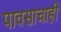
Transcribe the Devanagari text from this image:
पावसाचाही